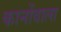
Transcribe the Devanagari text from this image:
कानोंवाला